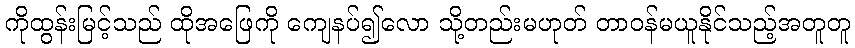
ကိုထွန်းမြင့်သည် ထိုအဖြေကို ကျေနပ်၍လော သို့တည်းမဟုတ် တာဝန်မယူနိုင်သည့်အတူတူ